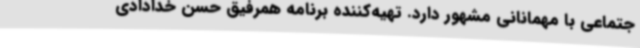
جتماعی با مهمانانی مشهور دارد. تهیه‌کننده برنامه همرفیق حسن خدادادی